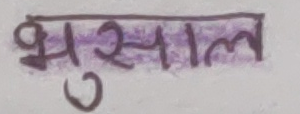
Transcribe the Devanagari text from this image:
भुसाल